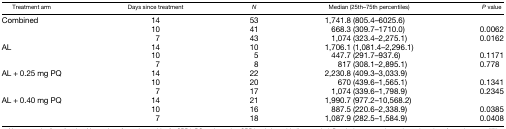
<table><thead><tr><td><b>Treatment arm</b></td><td><b>Days since treatment</b></td><td><b><i>N</i></b></td><td><b>Median (25th–75th percentiles)</b></td><td><b><i>P</i> value</b></td></tr></thead><tbody><tr><td rowspan="3">Combined</td><td>14</td><td>53</td><td>1,741.8 (805.4–6025.6)</td><td></td></tr><tr><td>10</td><td>41</td><td>668.3 (309.7–1710.0)</td><td>0.0062</td></tr><tr><td>7</td><td>43</td><td>1,074 (323.4–2,275.1)</td><td>0.0162</td></tr><tr><td rowspan="3">AL</td><td>14</td><td>10</td><td>1,706.1 (1,081.4–2,296.1)</td><td></td></tr><tr><td>10</td><td>5</td><td>447.7 (291.7–937.6)</td><td>0.1171</td></tr><tr><td>7</td><td>8</td><td>817 (308.1–2,895.1)</td><td>0.778</td></tr><tr><td rowspan="3">AL + 0.25 mg PQ</td><td>14</td><td>22</td><td>2,230.8 (409.3–3,033.9)</td><td></td></tr><tr><td>10</td><td>20</td><td>670 (439.6–1,565.1)</td><td>0.1341</td></tr><tr><td>7</td><td>17</td><td>1,074 (339.6–1,798.9)</td><td>0.2345</td></tr><tr><td rowspan="3">AL + 0.40 mg PQ</td><td>14</td><td>21</td><td>1,990.7 (977.2–10,568.2)</td><td></td></tr><tr><td>10</td><td>16</td><td>887.5 (220.6–2,338.9)</td><td>0.0385</td></tr><tr><td>7</td><td>18</td><td>1,087.9 (282.5–1,584.9)</td><td>0.0408</td></tr></tbody></table>